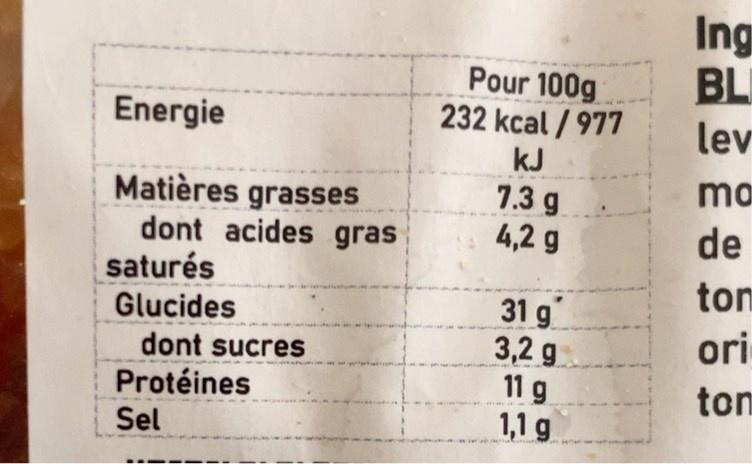
Ing BL
Pour 100g 232 kcal / 977
Energie
lev
kJ
mo
Matières grasses dont acides gras saturés
7.3 g 4,2 g
de
ton
31 g 3,2 g 11 g 1,1 g
Glucides
oi
dont sucres
Protéines
ton
Sel